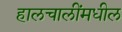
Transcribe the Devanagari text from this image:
हालचालींमधील